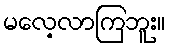
မလေ့လာကြဘူး။